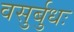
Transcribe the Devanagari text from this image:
वसुर्बुधः